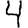
Digit: 4